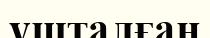
ұшталған